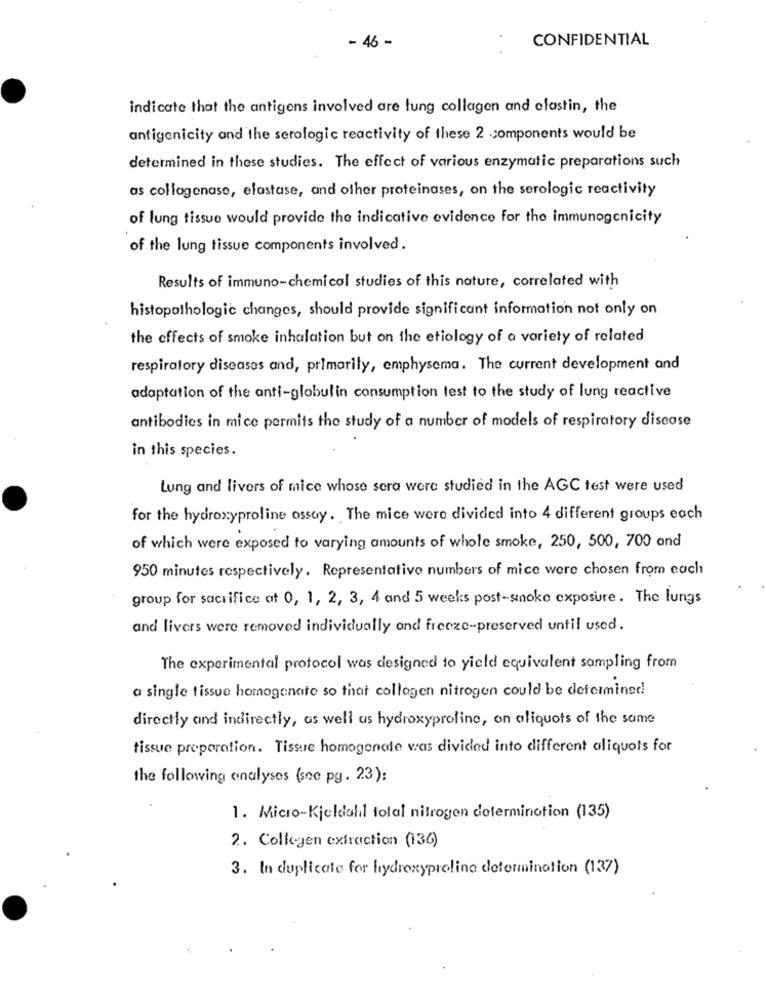
CONFIDENTIAL
- 46 -
indicate that the antigens involved are lung collagen and elastin, the
antigenicity and the serologic reactivity of these 2 components would be
determined in these studies. The effect of various enzymatic preparations such
as collagenase, elastase, and other proteinases, on the serologic reactivity
of lung tissue would provide the indicative evidence for the immunogenicity
of the lung tissue components involved .
Results of immuno-chemical studies of this nature, correlated with
histopathologic changes, should provide significant information not only on
the effects of smoke inhalation but on the etiology of a variety of related
respiratory diseases and, primarily, emphysema. The current development and
adaptation of the anti-globulin consumption test to the study of lung reactive
antibodies in mice permits the study of a number of models of respiratory disease
in this species.
Lung and livers of mice whose sera were studied in the AGC test were used
for the hydroxyproline ossoy . The mice were divided into 4 different groups each
of which were exposed to varying amounts of whole smoke, 250, 500, 700 and
950 minutes respectively. Representative numbers of mice were chosen from each
group for sacrifice at 0, 1, 2, 3, 4 and 5 weeks post-smoke exposure. The lungs
and livers were removed individually and freeze-preserved until used.
The experimental protocol was designed to yield equivalent sampling from
a single tissue homogenate so that collagen nitrogen could be determined
directly and indirectly, as well as hydroxyproline, on aliquots of the same
tissue preparation. Tissue homogenate was divided into different aliquots for
the following analyses (see pg. 23):
1. Micro-Kjeldahil total nitrogen deferminotion (135)
2. Collegen extraction (136)
3. In duplicato for hydroxyproline determination (137)